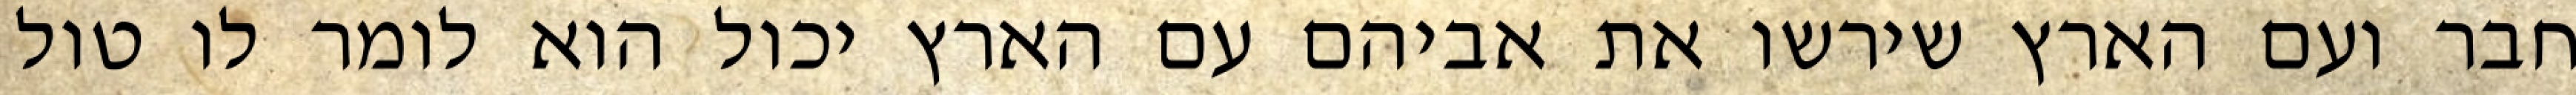
חבר ועם הארץ שירשו את אביהם עם הארץ יכול הוא לומר לו טול